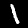
Digit: 1